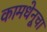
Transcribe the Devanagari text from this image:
कामधेनूचा